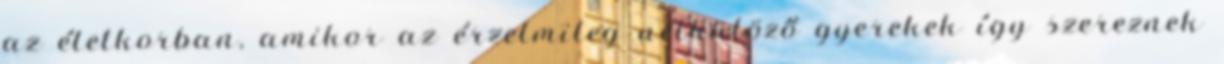
az életkorban, amikor az érzelmileg nélkülöző gyerekek így szereznek